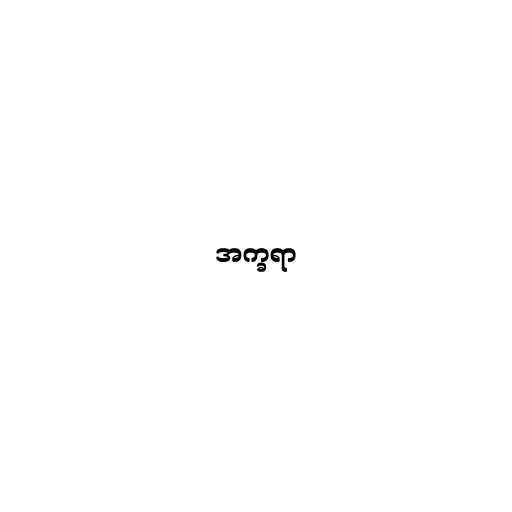
အက္ခရာ